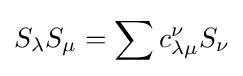
S_{\lambda }S_{\mu }=\sum c_{\lambda \mu }^{\nu }S_{\nu }